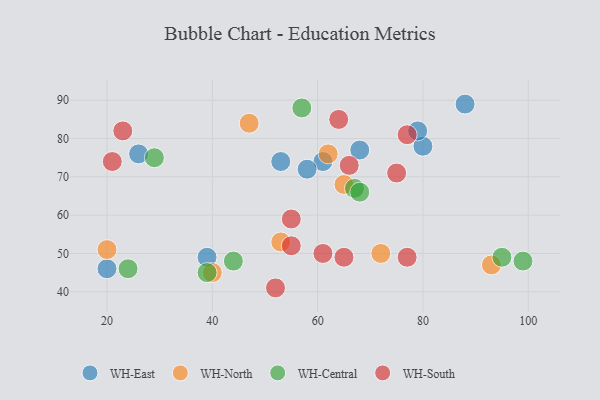
{"axis": {"x": "GDP", "y": "Life Expectancy"}, "legend": ["WH-Central", "WH-East", "WH-North", "WH-South"], "data": [{"x": "61", "y": 74, "type": "WH-East"}, {"x": "80", "y": 78, "type": "WH-East"}, {"x": "20", "y": 46, "type": "WH-East"}, {"x": "53", "y": 74, "type": "WH-East"}, {"x": "39", "y": 49, "type": "WH-East"}, {"x": "68", "y": 77, "type": "WH-East"}, {"x": "26", "y": 76, "type": "WH-East"}, {"x": "79", "y": 82, "type": "WH-East"}, {"x": "58", "y": 72, "type": "WH-East"}, {"x": "88", "y": 89, "type": "WH-East"}, {"x": "93", "y": 47, "type": "WH-North"}, {"x": "62", "y": 76, "type": "WH-North"}, {"x": "40", "y": 45, "type": "WH-North"}, {"x": "65", "y": 68, "type": "WH-North"}, {"x": "53", "y": 53, "type": "WH-North"}, {"x": "20", "y": 51, "type": "WH-North"}, {"x": "47", "y": 84, "type": "WH-North"}, {"x": "72", "y": 50, "type": "WH-North"}, {"x": "67", "y": 67, "type": "WH-Central"}, {"x": "68", "y": 66, "type": "WH-Central"}, {"x": "57", "y": 88, "type": "WH-Central"}, {"x": "95", "y": 49, "type": "WH-Central"}, {"x": "44", "y": 48, "type": "WH-Central"}, {"x": "29", "y": 75, "type": "WH-Central"}, {"x": "99", "y": 48, "type": "WH-Central"}, {"x": "39", "y": 45, "type": "WH-Central"}, {"x": "24", "y": 46, "type": "WH-Central"}, {"x": "52", "y": 41, "type": "WH-South"}, {"x": "55", "y": 59, "type": "WH-South"}, {"x": "77", "y": 81, "type": "WH-South"}, {"x": "61", "y": 50, "type": "WH-South"}, {"x": "77", "y": 49, "type": "WH-South"}, {"x": "65", "y": 49, "type": "WH-South"}, {"x": "21", "y": 74, "type": "WH-South"}, {"x": "23", "y": 82, "type": "WH-South"}, {"x": "55", "y": 52, "type": "WH-South"}, {"x": "66", "y": 73, "type": "WH-South"}, {"x": "75", "y": 71, "type": "WH-South"}, {"x": "64", "y": 85, "type": "WH-South"}]}